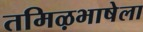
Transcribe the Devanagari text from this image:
तमिऴभाषेला